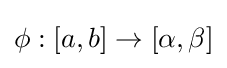
\phi :[a,b]\rightarrow [\alpha ,\beta ]